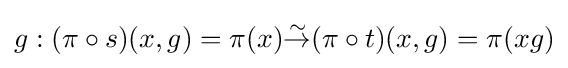
g:(\pi \circ s)(x,g)=\pi (x){\overset {\sim }{\to }}(\pi \circ t)(x,g)=\pi (xg)